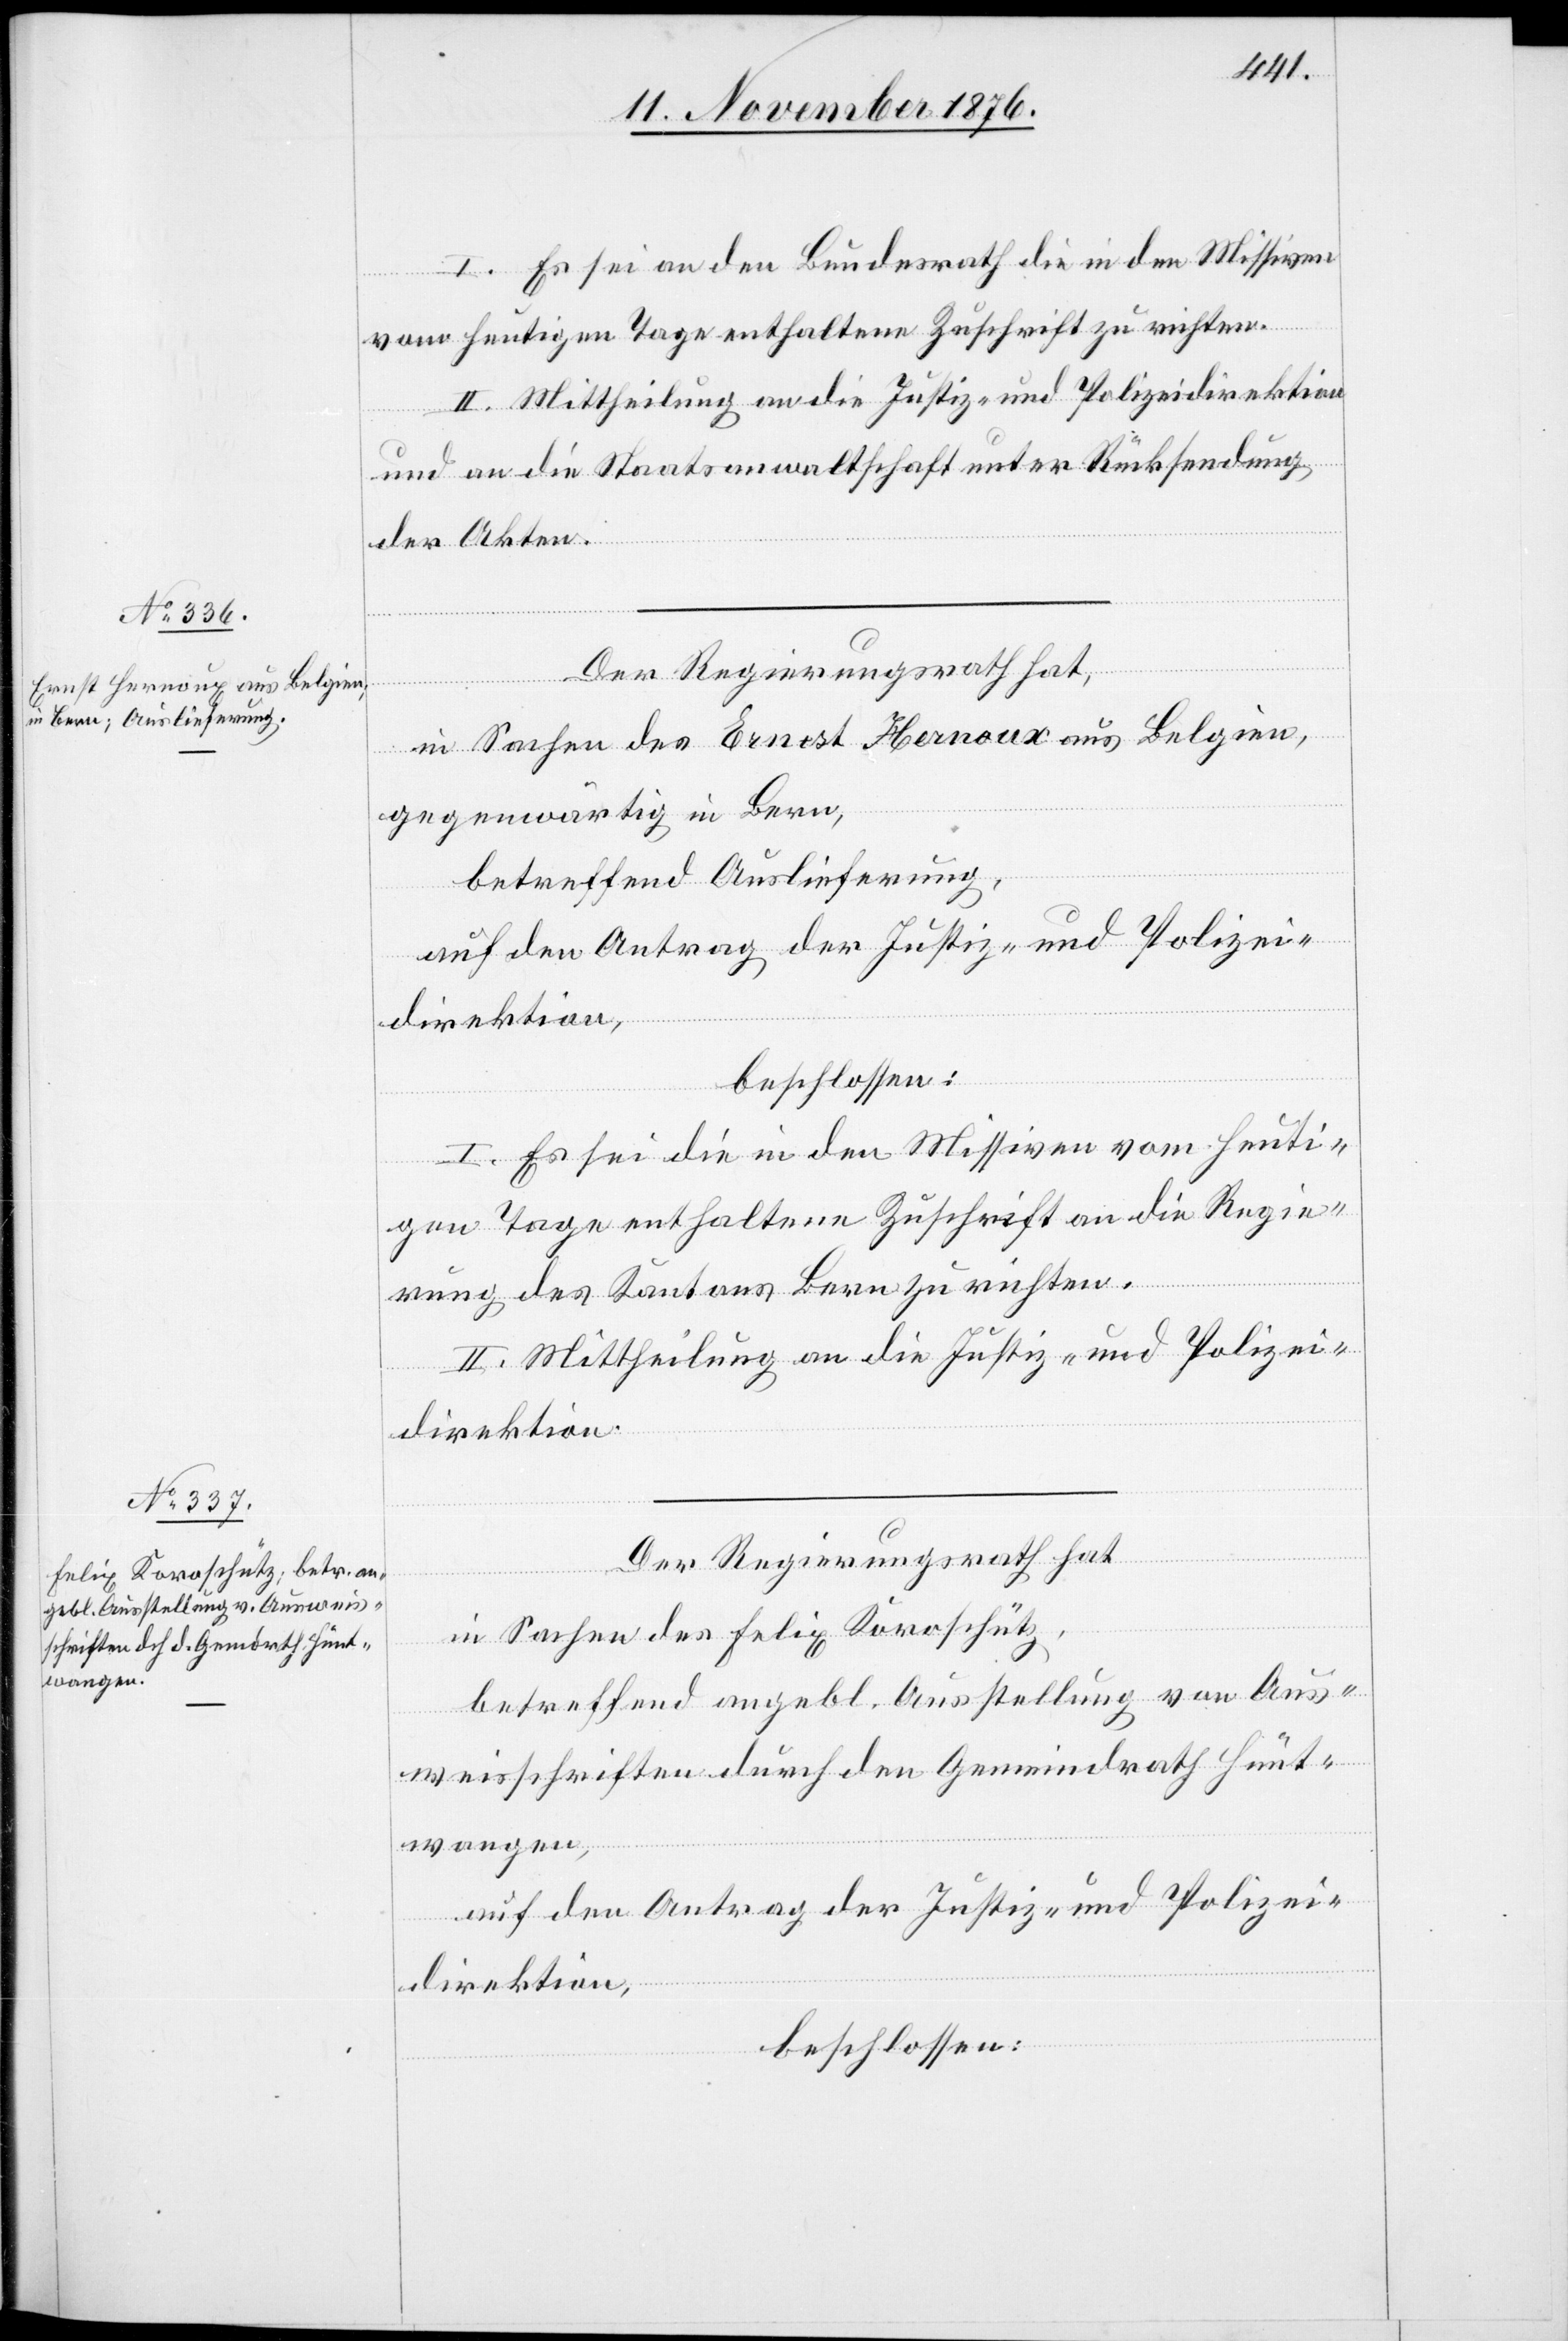
I. Es sei an den Bundesrath die in den Missiven
vom heutigen Tage enthaltene Zuschrift zu richten.
II. Mittheilung an die Justiz- und Polizeidirektion
und an die Staatsanwaltschaft unter Rücksendung
der Akten.
gien,
Der Regierungsrath hat,
gegenwärtig in Bern,
betreffend Auslieferung,
auf den Antrag der Justiz- und Polizei¬
direktion,
beschlossen:
I. Es sei die in den Missiven vom heuti¬
gen Tage enthaltene Zuschrift an die Regie¬
rung des Kantons Bern zu richten.
II. Mittheilung an die Justiz- und Polizei¬
direktion.
Der Regierungsrath hat,
in Sachen des Felix Koroschütz,
betreffend angebl. Ausstellung von Aus¬
weisschriften durch den Gemeindrath Hünt¬
wangen,
auf den Antrag der Justiz- und Polizei¬
direktion,
beschlossen:

aus